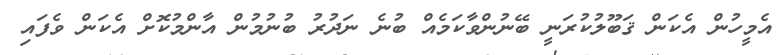
އެމީހުން އެކަން ޤަބޫލުކުރަނީ ބޭނުންވާކަމެއް ބުނެ ނަދުރު ބުނުމުން އާންމުކޮށް އެކަން ވެފައި